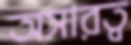
অসারত্ব